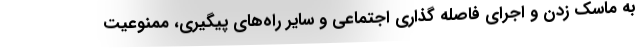
به ماسک زدن و اجرای فاصله گذاری اجتماعی و سایر راه‌های پیگیری، ممنوعیت